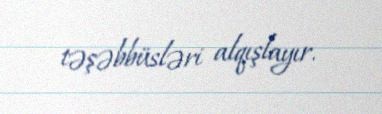
təşəbbüsləri alqışlayır.